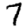
Digit: 7